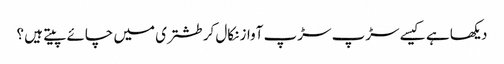
دیکھا ہے کیسے سڑپ سڑپ آواز نکال کر طشتری میں چائے پیتے ہیں ؟